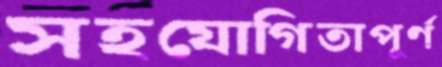
সহযোগিতাপূর্ণ